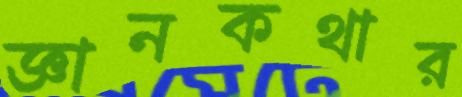
জ্ঞানকথার